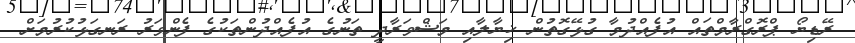
ރޭޑިޔޯ ޕްރޮގްރާމްތައް އުފެއްދުމާ ގުޅޭގޮތުން ޚިޔާލާއި މަޝްވަރާދީ ތަނުގެ އުފެއްދުންތަކުގެ ފެންވަރު ރަނގަޅުކުރުމަށް